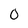
Character: 0